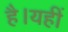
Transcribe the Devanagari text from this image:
है।यहीं